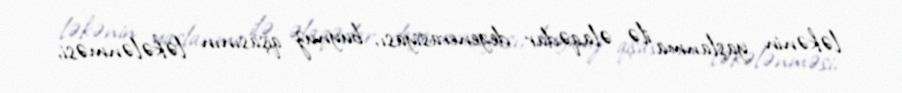
ləkənin yaşlanma ilə əlaqədar degenerasiyası, buynuz qişasının ləkələnməsi,